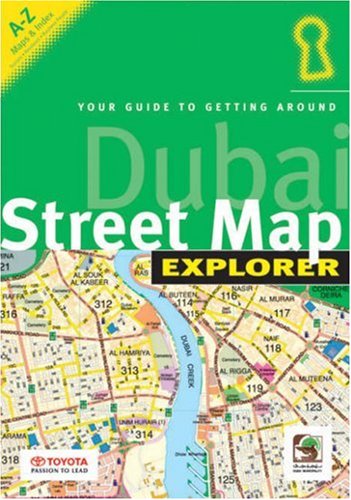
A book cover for Dubai Street Map Explorer; Alistair Mackenzie; Travel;